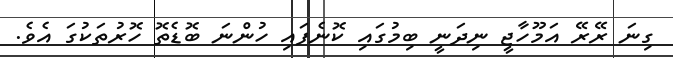
ގިނަ ރޭރޭ އަމޫހާޖީ ނިދަނީ ބިމުގައި ކޮނެފައި ހުންނަ ބޮޑެތޮ ހޮރުތަކުގަ އެވެ.